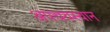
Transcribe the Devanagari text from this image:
अपचयस्थान